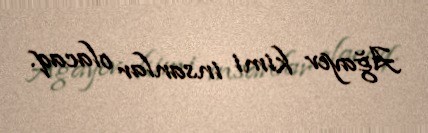
Ağayev kimi insanlar olacaq.